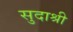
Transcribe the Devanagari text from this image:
सुदाश्री